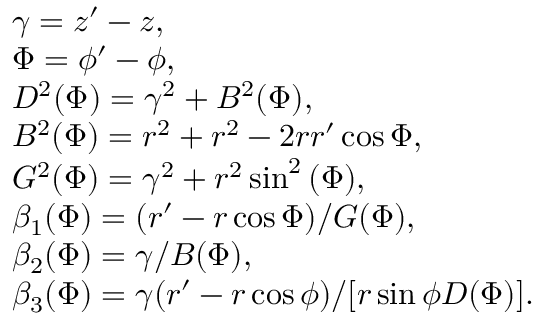
\begin{array} { r l } & { \gamma = z ^ { \prime } - z , } \\ & { \Phi = \phi ^ { \prime } - \phi , } \\ & { D ^ { 2 } ( \Phi ) = \gamma ^ { 2 } + B ^ { 2 } ( \Phi ) , } \\ & { B ^ { 2 } ( \Phi ) = r ^ { 2 } + r ^ { 2 } - 2 r r ^ { \prime } \cos { \Phi } , } \\ & { G ^ { 2 } ( \Phi ) = \gamma ^ { 2 } + r ^ { 2 } \sin ^ { 2 } { ( \Phi ) } , } \\ & { \beta _ { 1 } ( \Phi ) = ( r ^ { \prime } - r \cos { \Phi } ) / G ( \Phi ) , } \\ & { \beta _ { 2 } ( \Phi ) = \gamma / B ( \Phi ) , } \\ & { \beta _ { 3 } ( \Phi ) = \gamma ( r ^ { \prime } - r \cos { \phi } ) / [ r \sin { \phi } D ( \Phi ) ] . } \end{array}